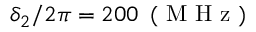
\delta _ { 2 } / 2 \pi = 2 0 0 \, \mathrm { ~ ( ~ M ~ H ~ z ~ ) ~ }